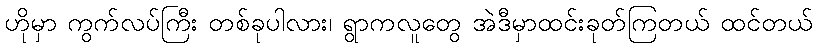
ဟိုမှာ ကွက်လပ်ကြီး တစ်ခုပါလား၊ ရွာကလူတွေ အဲဒီမှာထင်းခုတ်ကြတယ် ထင်တယ်